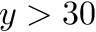
y > 3 0